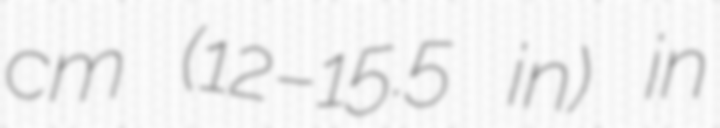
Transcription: cm (12–15.5 in) in